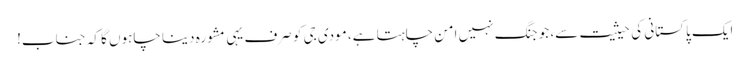
ایک پاکستانی کی حیثیت سے، جو جنگ نہیں امن چاہتا ہے، مودی جی کو صرف یہی مشورہ دینا چاہوں گا کہ جناب!